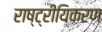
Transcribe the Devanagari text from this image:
राष्ट्रीयिकरण